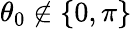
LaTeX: \theta_{0}\notin\{ 0,\pi\}